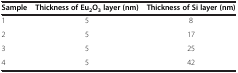
<table><thead><tr><td><b>Sample</b></td><td><b>Thickness of Eu<sub>2</sub>O<sub>3 </sub>layer (nm)</b></td><td><b>Thickness of Si layer (nm)</b></td></tr></thead><tbody><tr><td>1</td><td>5</td><td>8</td></tr><tr><td>2</td><td>5</td><td>17</td></tr><tr><td>3</td><td>5</td><td>25</td></tr><tr><td>4</td><td>5</td><td>42</td></tr></tbody></table>